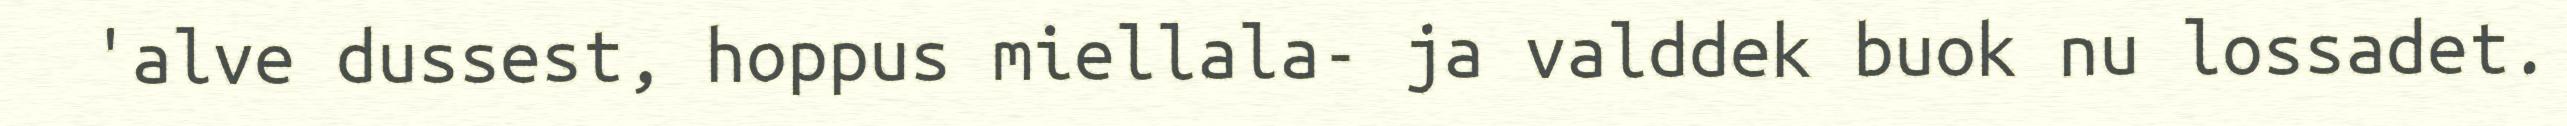
'alve dussest, hoppus miellala- ja valddek buok nu lossadet.